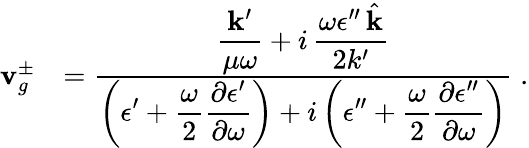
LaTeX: \begin{array}{rl}{{\mathbf v}_{g}^{\pm}}&{=\frac{\displaystyle\frac{{\mathbf k}^{\prime}}{\mu\omega}+i\, \frac{\omega\epsilon^{\prime\prime}\, \hat{{\mathbf k}}}{2k^{\prime}}}{\displaystyle\left(\epsilon^{\prime}+\frac{\omega}{2}\frac{\partial\epsilon^{\prime}}{\partial\omega}\right)+i\left(\epsilon^{\prime\prime}+\frac{\omega}{2}\frac{\partial\epsilon^{\prime\prime}}{\partial\omega}\right)}\; .}\end{array}